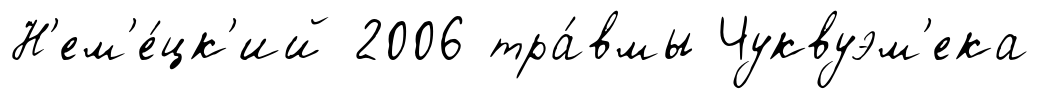
Н'ем'е́цк'ий 2006 тра́вмы Чуквуэм'ека